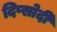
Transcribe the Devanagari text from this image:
दिप्सोदी